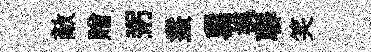
敵贈粥叢舄模聯笑